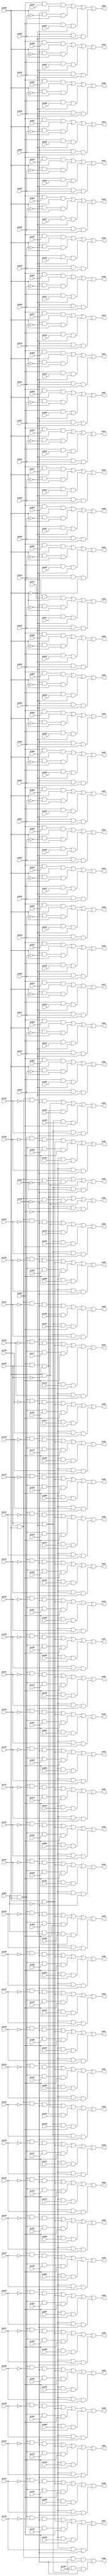
// Benchmark "i7" written by ABC on Thu Mar 19 13:02:36 2020

module i7 ( 
    pi000, pi001, pi002, pi003, pi004, pi005, pi006, pi007, pi008, pi009,
    pi010, pi011, pi012, pi013, pi014, pi015, pi016, pi017, pi018, pi019,
    pi020, pi021, pi022, pi023, pi024, pi025, pi026, pi027, pi028, pi029,
    pi030, pi031, pi032, pi033, pi034, pi035, pi036, pi037, pi038, pi039,
    pi040, pi041, pi042, pi043, pi044, pi045, pi046, pi047, pi048, pi049,
    pi050, pi051, pi052, pi053, pi054, pi055, pi056, pi057, pi058, pi059,
    pi060, pi061, pi062, pi063, pi064, pi065, pi066, pi067, pi068, pi069,
    pi070, pi071, pi072, pi073, pi074, pi075, pi076, pi077, pi078, pi079,
    pi080, pi081, pi082, pi083, pi084, pi085, pi086, pi087, pi088, pi089,
    pi090, pi091, pi092, pi093, pi094, pi095, pi096, pi097, pi098, pi099,
    pi100, pi101, pi102, pi103, pi104, pi105, pi106, pi107, pi108, pi109,
    pi110, pi111, pi112, pi113, pi114, pi115, pi116, pi117, pi118, pi119,
    pi120, pi121, pi122, pi123, pi124, pi125, pi126, pi127, pi128, pi129,
    pi130, pi131, pi132, pi133, pi134, pi135, pi136, pi137, pi138, pi139,
    pi140, pi141, pi142, pi143, pi144, pi145, pi146, pi147, pi148, pi149,
    pi150, pi151, pi152, pi153, pi154, pi155, pi156, pi157, pi158, pi159,
    pi160, pi161, pi162, pi163, pi164, pi165, pi166, pi167, pi168, pi169,
    pi170, pi171, pi172, pi173, pi174, pi175, pi176, pi177, pi178, pi179,
    pi180, pi181, pi182, pi183, pi184, pi185, pi186, pi187, pi188, pi189,
    pi190, pi191, pi192, pi193, pi194, pi195, pi196, pi197, pi198,
    po00, po01, po02, po03, po04, po05, po06, po07, po08, po09, po10, po11,
    po12, po13, po14, po15, po16, po17, po18, po19, po20, po21, po22, po23,
    po24, po25, po26, po27, po28, po29, po30, po31, po32, po33, po34, po35,
    po36, po37, po38, po39, po40, po41, po42, po43, po44, po45, po46, po47,
    po48, po49, po50, po51, po52, po53, po54, po55, po56, po57, po58, po59,
    po60, po61, po62, po63, po64, po65, po66  );
  input  pi000, pi001, pi002, pi003, pi004, pi005, pi006, pi007, pi008,
    pi009, pi010, pi011, pi012, pi013, pi014, pi015, pi016, pi017, pi018,
    pi019, pi020, pi021, pi022, pi023, pi024, pi025, pi026, pi027, pi028,
    pi029, pi030, pi031, pi032, pi033, pi034, pi035, pi036, pi037, pi038,
    pi039, pi040, pi041, pi042, pi043, pi044, pi045, pi046, pi047, pi048,
    pi049, pi050, pi051, pi052, pi053, pi054, pi055, pi056, pi057, pi058,
    pi059, pi060, pi061, pi062, pi063, pi064, pi065, pi066, pi067, pi068,
    pi069, pi070, pi071, pi072, pi073, pi074, pi075, pi076, pi077, pi078,
    pi079, pi080, pi081, pi082, pi083, pi084, pi085, pi086, pi087, pi088,
    pi089, pi090, pi091, pi092, pi093, pi094, pi095, pi096, pi097, pi098,
    pi099, pi100, pi101, pi102, pi103, pi104, pi105, pi106, pi107, pi108,
    pi109, pi110, pi111, pi112, pi113, pi114, pi115, pi116, pi117, pi118,
    pi119, pi120, pi121, pi122, pi123, pi124, pi125, pi126, pi127, pi128,
    pi129, pi130, pi131, pi132, pi133, pi134, pi135, pi136, pi137, pi138,
    pi139, pi140, pi141, pi142, pi143, pi144, pi145, pi146, pi147, pi148,
    pi149, pi150, pi151, pi152, pi153, pi154, pi155, pi156, pi157, pi158,
    pi159, pi160, pi161, pi162, pi163, pi164, pi165, pi166, pi167, pi168,
    pi169, pi170, pi171, pi172, pi173, pi174, pi175, pi176, pi177, pi178,
    pi179, pi180, pi181, pi182, pi183, pi184, pi185, pi186, pi187, pi188,
    pi189, pi190, pi191, pi192, pi193, pi194, pi195, pi196, pi197, pi198;
  output po00, po01, po02, po03, po04, po05, po06, po07, po08, po09, po10,
    po11, po12, po13, po14, po15, po16, po17, po18, po19, po20, po21, po22,
    po23, po24, po25, po26, po27, po28, po29, po30, po31, po32, po33, po34,
    po35, po36, po37, po38, po39, po40, po41, po42, po43, po44, po45, po46,
    po47, po48, po49, po50, po51, po52, po53, po54, po55, po56, po57, po58,
    po59, po60, po61, po62, po63, po64, po65, po66;
  wire new_n267_, new_n268_, new_n269_, new_n270_, new_n271_, new_n272_,
    new_n273_, new_n274_, new_n275_, new_n276_, new_n277_, new_n278_,
    new_n279_, new_n280_, new_n281_, new_n282_, new_n283_, new_n284_,
    new_n285_, new_n286_, new_n287_, new_n288_, new_n289_, new_n290_,
    new_n291_, new_n292_, new_n293_, new_n294_, new_n295_, new_n296_,
    new_n297_, new_n299_, new_n301_, new_n303_, new_n305_, new_n307_,
    new_n309_, new_n311_, new_n313_, new_n315_, new_n317_, new_n319_,
    new_n321_, new_n323_, new_n325_, new_n327_, new_n329_, new_n331_,
    new_n333_, new_n335_, new_n337_, new_n339_, new_n341_, new_n343_,
    new_n345_, new_n347_, new_n349_, new_n351_, new_n353_, new_n354_,
    new_n355_, new_n356_, new_n357_, new_n358_, new_n359_, new_n360_,
    new_n361_, new_n362_, new_n363_, new_n364_, new_n365_, new_n366_,
    new_n367_, new_n368_, new_n369_, new_n370_, new_n371_, new_n372_,
    new_n373_, new_n374_, new_n375_, new_n376_, new_n377_, new_n378_,
    new_n379_, new_n380_, new_n381_, new_n382_, new_n383_, new_n384_,
    new_n385_, new_n386_, new_n387_, new_n388_, new_n389_, new_n390_,
    new_n391_, new_n392_, new_n393_, new_n394_, new_n395_, new_n396_,
    new_n397_, new_n398_, new_n399_, new_n400_, new_n401_, new_n402_,
    new_n403_, new_n404_, new_n405_, new_n406_, new_n407_, new_n408_,
    new_n409_, new_n410_, new_n411_, new_n412_, new_n413_, new_n414_,
    new_n415_, new_n416_, new_n417_, new_n418_, new_n419_, new_n420_,
    new_n421_, new_n422_, new_n423_, new_n424_, new_n425_, new_n426_,
    new_n427_, new_n428_, new_n429_, new_n430_, new_n431_, new_n432_,
    new_n433_, new_n434_, new_n435_, new_n436_, new_n437_, new_n438_,
    new_n439_, new_n440_, new_n441_, new_n442_, new_n443_, new_n445_,
    new_n447_, new_n449_, new_n451_, new_n453_, new_n455_, new_n457_,
    new_n459_, new_n461_, new_n463_, new_n465_, new_n467_, new_n469_,
    new_n471_, new_n473_, new_n475_, new_n477_, new_n479_, new_n481_,
    new_n483_, new_n485_, new_n487_, new_n489_, new_n491_, new_n493_,
    new_n495_, new_n497_, new_n499_, new_n501_, new_n503_, new_n505_,
    new_n507_, new_n508_, new_n509_, new_n510_, new_n511_, new_n512_,
    new_n513_, new_n514_, new_n515_, new_n516_, new_n517_, new_n518_,
    new_n519_, new_n520_, new_n521_, new_n522_, new_n523_, new_n524_,
    new_n525_, new_n526_, new_n527_, new_n528_, new_n529_, new_n530_,
    new_n531_, new_n532_, new_n533_, new_n534_, new_n535_, new_n536_,
    new_n537_, new_n538_, new_n539_, new_n540_, new_n541_, new_n542_,
    new_n543_, new_n544_, new_n545_, new_n546_, new_n547_, new_n548_,
    new_n549_, new_n550_, new_n551_, new_n552_, new_n553_, new_n554_,
    new_n555_, new_n556_, new_n557_, new_n558_, new_n559_, new_n560_,
    new_n561_, new_n562_, new_n563_, new_n564_, new_n565_, new_n566_,
    new_n567_, new_n568_, new_n569_, new_n570_, new_n571_, new_n572_,
    new_n573_, new_n574_, new_n575_, new_n576_, new_n577_, new_n578_,
    new_n579_, new_n581_, new_n583_, new_n585_, new_n587_, new_n589_,
    new_n591_, new_n593_, new_n594_, new_n595_, new_n596_, new_n597_,
    new_n598_, new_n599_, new_n600_, new_n601_, new_n602_, new_n603_,
    new_n604_, new_n605_, new_n606_, new_n607_, new_n608_, new_n609_,
    new_n610_, new_n611_, new_n612_, new_n613_, new_n614_, new_n615_,
    new_n616_, new_n617_, new_n618_, new_n619_, new_n620_, new_n621_,
    new_n622_, new_n623_, new_n624_, new_n625_, new_n626_, new_n627_,
    new_n628_, new_n629_, new_n630_, new_n631_, new_n632_, new_n633_,
    new_n634_, new_n635_, new_n636_, new_n637_, new_n638_, new_n639_,
    new_n640_, new_n641_, new_n642_, new_n643_, new_n644_, new_n645_,
    new_n646_, new_n647_, new_n648_, new_n649_, new_n650_, new_n651_,
    new_n652_, new_n653_, new_n654_, new_n655_, new_n656_, new_n657_,
    new_n658_, new_n659_, new_n660_, new_n661_, new_n662_, new_n663_,
    new_n664_, new_n665_, new_n666_, new_n667_, new_n668_, new_n669_,
    new_n670_, new_n671_, new_n672_;
  assign new_n267_ = ~pi000;
  assign new_n268_ = pi002 & pi001 & new_n267_;
  assign new_n269_ = pi002 & pi003 & new_n267_;
  assign new_n270_ = pi002 & pi004 & new_n267_;
  assign new_n271_ = pi002 & pi005 & new_n267_;
  assign new_n272_ = pi002 & pi006 & new_n267_;
  assign new_n273_ = pi002 & pi007 & new_n267_;
  assign new_n274_ = pi002 & pi008 & new_n267_;
  assign new_n275_ = pi002 & pi009 & new_n267_;
  assign new_n276_ = pi002 & pi010 & new_n267_;
  assign new_n277_ = pi002 & pi011 & new_n267_;
  assign new_n278_ = pi002 & pi012 & new_n267_;
  assign new_n279_ = pi002 & pi013 & new_n267_;
  assign new_n280_ = pi002 & pi014 & new_n267_;
  assign new_n281_ = pi002 & pi015 & new_n267_;
  assign new_n282_ = pi002 & pi016 & new_n267_;
  assign new_n283_ = pi002 & pi017 & new_n267_;
  assign new_n284_ = pi002 & pi018 & new_n267_;
  assign new_n285_ = pi002 & pi019 & new_n267_;
  assign new_n286_ = pi002 & pi020 & new_n267_;
  assign new_n287_ = pi002 & pi021 & new_n267_;
  assign new_n288_ = pi002 & pi022 & new_n267_;
  assign new_n289_ = pi002 & pi023 & new_n267_;
  assign new_n290_ = pi002 & pi024 & new_n267_;
  assign new_n291_ = pi002 & pi025 & new_n267_;
  assign new_n292_ = pi002 & pi026 & new_n267_;
  assign new_n293_ = pi002 & pi027 & new_n267_;
  assign new_n294_ = pi002 & pi028 & new_n267_;
  assign new_n295_ = pi002 & pi029 & new_n267_;
  assign new_n296_ = ~pi002;
  assign new_n297_ = new_n296_ & pi030 & new_n267_;
  assign po00 = new_n353_ | new_n381_ | new_n268_ | new_n297_;
  assign new_n299_ = new_n296_ & pi031 & new_n267_;
  assign po01 = new_n354_ | new_n382_ | new_n269_ | new_n299_;
  assign new_n301_ = new_n296_ & pi032 & new_n267_;
  assign po02 = new_n355_ | new_n383_ | new_n270_ | new_n301_;
  assign new_n303_ = new_n296_ & pi033 & new_n267_;
  assign po03 = new_n356_ | new_n384_ | new_n271_ | new_n303_;
  assign new_n305_ = new_n296_ & pi034 & new_n267_;
  assign po04 = new_n357_ | new_n385_ | new_n272_ | new_n305_;
  assign new_n307_ = new_n296_ & pi035 & new_n267_;
  assign po05 = new_n358_ | new_n386_ | new_n273_ | new_n307_;
  assign new_n309_ = new_n296_ & pi036 & new_n267_;
  assign po06 = new_n359_ | new_n387_ | new_n274_ | new_n309_;
  assign new_n311_ = new_n296_ & pi037 & new_n267_;
  assign po07 = new_n360_ | new_n388_ | new_n275_ | new_n311_;
  assign new_n313_ = new_n296_ & pi038 & new_n267_;
  assign po08 = new_n361_ | new_n389_ | new_n276_ | new_n313_;
  assign new_n315_ = new_n296_ & pi039 & new_n267_;
  assign po09 = new_n362_ | new_n390_ | new_n277_ | new_n315_;
  assign new_n317_ = new_n296_ & pi040 & new_n267_;
  assign po10 = new_n363_ | new_n391_ | new_n278_ | new_n317_;
  assign new_n319_ = new_n296_ & pi041 & new_n267_;
  assign po11 = new_n364_ | new_n392_ | new_n279_ | new_n319_;
  assign new_n321_ = new_n296_ & pi042 & new_n267_;
  assign po12 = new_n365_ | new_n393_ | new_n280_ | new_n321_;
  assign new_n323_ = new_n296_ & pi043 & new_n267_;
  assign po13 = new_n366_ | new_n394_ | new_n281_ | new_n323_;
  assign new_n325_ = new_n296_ & pi044 & new_n267_;
  assign po14 = new_n367_ | new_n395_ | new_n282_ | new_n325_;
  assign new_n327_ = new_n296_ & pi045 & new_n267_;
  assign po15 = new_n368_ | new_n396_ | new_n283_ | new_n327_;
  assign new_n329_ = new_n296_ & pi046 & new_n267_;
  assign po16 = new_n369_ | new_n397_ | new_n284_ | new_n329_;
  assign new_n331_ = new_n296_ & pi047 & new_n267_;
  assign po17 = new_n370_ | new_n398_ | new_n285_ | new_n331_;
  assign new_n333_ = new_n296_ & pi048 & new_n267_;
  assign po18 = new_n371_ | new_n399_ | new_n286_ | new_n333_;
  assign new_n335_ = new_n296_ & pi049 & new_n267_;
  assign po19 = new_n372_ | new_n400_ | new_n287_ | new_n335_;
  assign new_n337_ = new_n296_ & pi050 & new_n267_;
  assign po20 = new_n373_ | new_n401_ | new_n288_ | new_n337_;
  assign new_n339_ = new_n296_ & pi051 & new_n267_;
  assign po21 = new_n374_ | new_n402_ | new_n289_ | new_n339_;
  assign new_n341_ = new_n296_ & pi052 & new_n267_;
  assign po22 = new_n375_ | new_n403_ | new_n290_ | new_n341_;
  assign new_n343_ = new_n296_ & pi053 & new_n267_;
  assign po23 = new_n376_ | new_n404_ | new_n291_ | new_n343_;
  assign new_n345_ = new_n296_ & pi054 & new_n267_;
  assign po24 = new_n377_ | new_n405_ | new_n292_ | new_n345_;
  assign new_n347_ = new_n296_ & pi055 & new_n267_;
  assign po25 = new_n378_ | new_n406_ | new_n293_ | new_n347_;
  assign new_n349_ = new_n296_ & pi056 & new_n267_;
  assign po26 = new_n379_ | new_n407_ | new_n294_ | new_n349_;
  assign new_n351_ = new_n296_ & pi057 & new_n267_;
  assign po27 = new_n380_ | new_n408_ | new_n295_ | new_n351_;
  assign new_n353_ = pi002 & pi058 & pi000;
  assign new_n354_ = pi002 & pi059 & pi000;
  assign new_n355_ = pi002 & pi060 & pi000;
  assign new_n356_ = pi002 & pi061 & pi000;
  assign new_n357_ = pi002 & pi062 & pi000;
  assign new_n358_ = pi002 & pi063 & pi000;
  assign new_n359_ = pi002 & pi064 & pi000;
  assign new_n360_ = pi002 & pi065 & pi000;
  assign new_n361_ = pi002 & pi066 & pi000;
  assign new_n362_ = pi002 & pi067 & pi000;
  assign new_n363_ = pi002 & pi068 & pi000;
  assign new_n364_ = pi002 & pi069 & pi000;
  assign new_n365_ = pi002 & pi070 & pi000;
  assign new_n366_ = pi002 & pi071 & pi000;
  assign new_n367_ = pi002 & pi072 & pi000;
  assign new_n368_ = pi002 & pi073 & pi000;
  assign new_n369_ = pi002 & pi074 & pi000;
  assign new_n370_ = pi002 & pi075 & pi000;
  assign new_n371_ = pi002 & pi076 & pi000;
  assign new_n372_ = pi002 & pi077 & pi000;
  assign new_n373_ = pi002 & pi078 & pi000;
  assign new_n374_ = pi002 & pi079 & pi000;
  assign new_n375_ = pi002 & pi080 & pi000;
  assign new_n376_ = pi002 & pi081 & pi000;
  assign new_n377_ = pi002 & pi082 & pi000;
  assign new_n378_ = pi002 & pi083 & pi000;
  assign new_n379_ = pi002 & pi084 & pi000;
  assign new_n380_ = pi002 & pi085 & pi000;
  assign new_n381_ = new_n296_ & new_n634_ & pi000;
  assign new_n382_ = new_n296_ & new_n633_ & pi000;
  assign new_n383_ = new_n296_ & new_n632_ & pi000;
  assign new_n384_ = new_n296_ & new_n631_ & pi000;
  assign new_n385_ = new_n296_ & new_n630_ & pi000;
  assign new_n386_ = new_n296_ & new_n629_ & pi000;
  assign new_n387_ = new_n296_ & new_n628_ & pi000;
  assign new_n388_ = new_n296_ & new_n627_ & pi000;
  assign new_n389_ = new_n296_ & new_n626_ & pi000;
  assign new_n390_ = new_n296_ & new_n625_ & pi000;
  assign new_n391_ = new_n296_ & new_n624_ & pi000;
  assign new_n392_ = new_n296_ & new_n623_ & pi000;
  assign new_n393_ = new_n296_ & new_n622_ & pi000;
  assign new_n394_ = new_n296_ & new_n621_ & pi000;
  assign new_n395_ = new_n296_ & new_n620_ & pi000;
  assign new_n396_ = new_n296_ & new_n619_ & pi000;
  assign new_n397_ = new_n296_ & new_n618_ & pi000;
  assign new_n398_ = new_n296_ & new_n617_ & pi000;
  assign new_n399_ = new_n296_ & new_n616_ & pi000;
  assign new_n400_ = new_n296_ & new_n615_ & pi000;
  assign new_n401_ = new_n296_ & new_n614_ & pi000;
  assign new_n402_ = new_n296_ & new_n613_ & pi000;
  assign new_n403_ = new_n296_ & new_n612_ & pi000;
  assign new_n404_ = new_n296_ & new_n611_ & pi000;
  assign new_n405_ = new_n296_ & new_n610_ & pi000;
  assign new_n406_ = new_n296_ & new_n609_ & pi000;
  assign new_n407_ = new_n296_ & new_n608_ & pi000;
  assign new_n408_ = new_n296_ & new_n607_ & pi000;
  assign new_n409_ = ~pi000;
  assign new_n410_ = pi087 & new_n409_ & pi086 & pi002;
  assign new_n411_ = pi087 & new_n409_ & pi088 & pi002;
  assign new_n412_ = pi087 & new_n409_ & pi089 & pi002;
  assign new_n413_ = pi087 & new_n409_ & pi090 & pi002;
  assign new_n414_ = pi087 & new_n409_ & pi091 & pi002;
  assign new_n415_ = pi087 & new_n409_ & pi092 & pi002;
  assign new_n416_ = pi087 & new_n409_ & pi093 & pi002;
  assign new_n417_ = pi087 & new_n409_ & pi094 & pi002;
  assign new_n418_ = pi087 & new_n409_ & pi095 & pi002;
  assign new_n419_ = pi087 & new_n409_ & pi096 & pi002;
  assign new_n420_ = pi087 & new_n409_ & pi097 & pi002;
  assign new_n421_ = pi087 & new_n409_ & pi098 & pi002;
  assign new_n422_ = pi087 & new_n409_ & pi099 & pi002;
  assign new_n423_ = pi087 & new_n409_ & pi100 & pi002;
  assign new_n424_ = pi087 & new_n409_ & pi101 & pi002;
  assign new_n425_ = pi087 & new_n409_ & pi102 & pi002;
  assign new_n426_ = pi087 & new_n409_ & pi103 & pi002;
  assign new_n427_ = pi087 & new_n409_ & pi104 & pi002;
  assign new_n428_ = pi087 & new_n409_ & pi105 & pi002;
  assign new_n429_ = pi087 & new_n409_ & pi106 & pi002;
  assign new_n430_ = pi087 & new_n409_ & pi107 & pi002;
  assign new_n431_ = pi087 & new_n409_ & pi108 & pi002;
  assign new_n432_ = pi087 & new_n409_ & pi109 & pi002;
  assign new_n433_ = pi087 & new_n409_ & pi110 & pi002;
  assign new_n434_ = pi087 & new_n409_ & pi111 & pi002;
  assign new_n435_ = pi087 & new_n409_ & pi112 & pi002;
  assign new_n436_ = pi087 & new_n409_ & pi113 & pi002;
  assign new_n437_ = pi087 & new_n409_ & pi114 & pi002;
  assign new_n438_ = pi087 & new_n409_ & pi115 & pi002;
  assign new_n439_ = pi087 & new_n409_ & pi116 & pi002;
  assign new_n440_ = pi087 & new_n409_ & pi117 & pi002;
  assign new_n441_ = pi087 & new_n409_ & pi118 & pi002;
  assign new_n442_ = ~pi002;
  assign new_n443_ = pi087 & new_n409_ & pi119 & new_n442_;
  assign po28 = new_n539_ | new_n572_ | new_n507_ | new_n410_ | new_n443_;
  assign new_n445_ = pi087 & new_n409_ & pi120 & new_n442_;
  assign po29 = new_n540_ | new_n572_ | new_n508_ | new_n411_ | new_n445_;
  assign new_n447_ = pi087 & new_n409_ & pi121 & new_n442_;
  assign po30 = new_n541_ | new_n572_ | new_n509_ | new_n412_ | new_n447_;
  assign new_n449_ = pi087 & new_n409_ & pi122 & new_n442_;
  assign po31 = new_n542_ | new_n572_ | new_n510_ | new_n413_ | new_n449_;
  assign new_n451_ = pi087 & new_n409_ & pi123 & new_n442_;
  assign po32 = new_n543_ | new_n572_ | new_n511_ | new_n414_ | new_n451_;
  assign new_n453_ = pi087 & new_n409_ & pi124 & new_n442_;
  assign po33 = new_n544_ | new_n572_ | new_n512_ | new_n415_ | new_n453_;
  assign new_n455_ = pi087 & new_n409_ & pi125 & new_n442_;
  assign po34 = new_n545_ | new_n572_ | new_n513_ | new_n416_ | new_n455_;
  assign new_n457_ = pi087 & new_n409_ & pi126 & new_n442_;
  assign po35 = new_n546_ | new_n572_ | new_n514_ | new_n417_ | new_n457_;
  assign new_n459_ = pi087 & new_n409_ & pi127 & new_n442_;
  assign po36 = new_n547_ | new_n572_ | new_n515_ | new_n418_ | new_n459_;
  assign new_n461_ = pi087 & new_n409_ & pi128 & new_n442_;
  assign po37 = new_n548_ | new_n572_ | new_n516_ | new_n419_ | new_n461_;
  assign new_n463_ = pi087 & new_n409_ & pi129 & new_n442_;
  assign po38 = new_n549_ | new_n572_ | new_n517_ | new_n420_ | new_n463_;
  assign new_n465_ = pi087 & new_n409_ & pi130 & new_n442_;
  assign po39 = new_n550_ | new_n572_ | new_n518_ | new_n421_ | new_n465_;
  assign new_n467_ = pi087 & new_n409_ & pi131 & new_n442_;
  assign po40 = new_n551_ | new_n572_ | new_n519_ | new_n422_ | new_n467_;
  assign new_n469_ = pi087 & new_n409_ & pi132 & new_n442_;
  assign po41 = new_n552_ | new_n572_ | new_n520_ | new_n423_ | new_n469_;
  assign new_n471_ = pi087 & new_n409_ & pi133 & new_n442_;
  assign po42 = new_n553_ | new_n572_ | new_n521_ | new_n424_ | new_n471_;
  assign new_n473_ = pi087 & new_n409_ & pi134 & new_n442_;
  assign po43 = new_n554_ | new_n572_ | new_n522_ | new_n425_ | new_n473_;
  assign new_n475_ = pi087 & new_n409_ & pi135 & new_n442_;
  assign po44 = new_n555_ | new_n572_ | new_n523_ | new_n426_ | new_n475_;
  assign new_n477_ = pi087 & new_n409_ & pi136 & new_n442_;
  assign po45 = new_n556_ | new_n572_ | new_n524_ | new_n427_ | new_n477_;
  assign new_n479_ = pi087 & new_n409_ & pi137 & new_n442_;
  assign po46 = new_n557_ | new_n572_ | new_n525_ | new_n428_ | new_n479_;
  assign new_n481_ = pi087 & new_n409_ & pi138 & new_n442_;
  assign po47 = new_n558_ | new_n572_ | new_n526_ | new_n429_ | new_n481_;
  assign new_n483_ = pi087 & new_n409_ & pi139 & new_n442_;
  assign po48 = new_n559_ | new_n572_ | new_n527_ | new_n430_ | new_n483_;
  assign new_n485_ = pi087 & new_n409_ & pi140 & new_n442_;
  assign po49 = new_n560_ | new_n572_ | new_n528_ | new_n431_ | new_n485_;
  assign new_n487_ = pi087 & new_n409_ & pi141 & new_n442_;
  assign po50 = new_n561_ | new_n572_ | new_n529_ | new_n432_ | new_n487_;
  assign new_n489_ = pi087 & new_n409_ & pi142 & new_n442_;
  assign po51 = new_n562_ | new_n572_ | new_n530_ | new_n433_ | new_n489_;
  assign new_n491_ = pi087 & new_n409_ & pi143 & new_n442_;
  assign po52 = new_n563_ | new_n572_ | new_n531_ | new_n434_ | new_n491_;
  assign new_n493_ = pi087 & new_n409_ & pi144 & new_n442_;
  assign po53 = new_n564_ | new_n572_ | new_n532_ | new_n435_ | new_n493_;
  assign new_n495_ = pi087 & new_n409_ & pi145 & new_n442_;
  assign po54 = new_n565_ | new_n572_ | new_n533_ | new_n436_ | new_n495_;
  assign new_n497_ = pi087 & new_n409_ & pi146 & new_n442_;
  assign po55 = new_n566_ | new_n572_ | new_n534_ | new_n437_ | new_n497_;
  assign new_n499_ = pi087 & new_n409_ & pi147 & new_n442_;
  assign po56 = new_n567_ | new_n572_ | new_n535_ | new_n438_ | new_n499_;
  assign new_n501_ = pi087 & new_n409_ & pi148 & new_n442_;
  assign po57 = new_n568_ | new_n572_ | new_n536_ | new_n439_ | new_n501_;
  assign new_n503_ = pi087 & new_n409_ & pi149 & new_n442_;
  assign po58 = new_n569_ | new_n572_ | new_n537_ | new_n440_ | new_n503_;
  assign new_n505_ = pi087 & new_n409_ & pi150 & new_n442_;
  assign po59 = new_n570_ | new_n572_ | new_n538_ | new_n441_ | new_n505_;
  assign new_n507_ = pi087 & pi000 & pi151 & pi002;
  assign new_n508_ = pi087 & pi000 & pi152 & pi002;
  assign new_n509_ = pi087 & pi000 & pi153 & pi002;
  assign new_n510_ = pi087 & pi000 & pi154 & pi002;
  assign new_n511_ = pi087 & pi000 & pi155 & pi002;
  assign new_n512_ = pi087 & pi000 & pi156 & pi002;
  assign new_n513_ = pi087 & pi000 & pi157 & pi002;
  assign new_n514_ = pi087 & pi000 & pi158 & pi002;
  assign new_n515_ = pi087 & pi000 & pi159 & pi002;
  assign new_n516_ = pi087 & pi000 & pi160 & pi002;
  assign new_n517_ = pi087 & pi000 & pi161 & pi002;
  assign new_n518_ = pi087 & pi000 & pi162 & pi002;
  assign new_n519_ = pi087 & pi000 & pi163 & pi002;
  assign new_n520_ = pi087 & pi000 & pi164 & pi002;
  assign new_n521_ = pi087 & pi000 & pi165 & pi002;
  assign new_n522_ = pi087 & pi000 & pi166 & pi002;
  assign new_n523_ = pi087 & pi000 & pi167 & pi002;
  assign new_n524_ = pi087 & pi000 & pi168 & pi002;
  assign new_n525_ = pi087 & pi000 & pi169 & pi002;
  assign new_n526_ = pi087 & pi000 & pi170 & pi002;
  assign new_n527_ = pi087 & pi000 & pi171 & pi002;
  assign new_n528_ = pi087 & pi000 & pi172 & pi002;
  assign new_n529_ = pi087 & pi000 & pi173 & pi002;
  assign new_n530_ = pi087 & pi000 & pi174 & pi002;
  assign new_n531_ = pi087 & pi000 & pi175 & pi002;
  assign new_n532_ = pi087 & pi000 & pi176 & pi002;
  assign new_n533_ = pi087 & pi000 & pi177 & pi002;
  assign new_n534_ = pi087 & pi000 & pi178 & pi002;
  assign new_n535_ = pi087 & pi000 & pi179 & pi002;
  assign new_n536_ = pi087 & pi000 & pi180 & pi002;
  assign new_n537_ = pi087 & pi000 & pi181 & pi002;
  assign new_n538_ = pi087 & pi000 & pi182 & pi002;
  assign new_n539_ = pi087 & pi000 & new_n666_ & new_n442_;
  assign new_n540_ = pi087 & pi000 & new_n665_ & new_n442_;
  assign new_n541_ = pi087 & pi000 & new_n664_ & new_n442_;
  assign new_n542_ = pi087 & pi000 & new_n663_ & new_n442_;
  assign new_n543_ = pi087 & pi000 & new_n662_ & new_n442_;
  assign new_n544_ = pi087 & pi000 & new_n661_ & new_n442_;
  assign new_n545_ = pi087 & pi000 & new_n660_ & new_n442_;
  assign new_n546_ = pi087 & pi000 & new_n659_ & new_n442_;
  assign new_n547_ = pi087 & pi000 & new_n658_ & new_n442_;
  assign new_n548_ = pi087 & pi000 & new_n657_ & new_n442_;
  assign new_n549_ = pi087 & pi000 & new_n656_ & new_n442_;
  assign new_n550_ = pi087 & pi000 & new_n655_ & new_n442_;
  assign new_n551_ = pi087 & pi000 & new_n654_ & new_n442_;
  assign new_n552_ = pi087 & pi000 & new_n653_ & new_n442_;
  assign new_n553_ = pi087 & pi000 & new_n652_ & new_n442_;
  assign new_n554_ = pi087 & pi000 & new_n651_ & new_n442_;
  assign new_n555_ = pi087 & pi000 & new_n650_ & new_n442_;
  assign new_n556_ = pi087 & pi000 & new_n649_ & new_n442_;
  assign new_n557_ = pi087 & pi000 & new_n648_ & new_n442_;
  assign new_n558_ = pi087 & pi000 & new_n647_ & new_n442_;
  assign new_n559_ = pi087 & pi000 & new_n646_ & new_n442_;
  assign new_n560_ = pi087 & pi000 & new_n645_ & new_n442_;
  assign new_n561_ = pi087 & pi000 & new_n644_ & new_n442_;
  assign new_n562_ = pi087 & pi000 & new_n643_ & new_n442_;
  assign new_n563_ = pi087 & pi000 & new_n642_ & new_n442_;
  assign new_n564_ = pi087 & pi000 & new_n641_ & new_n442_;
  assign new_n565_ = pi087 & pi000 & new_n640_ & new_n442_;
  assign new_n566_ = pi087 & pi000 & new_n639_ & new_n442_;
  assign new_n567_ = pi087 & pi000 & new_n638_ & new_n442_;
  assign new_n568_ = pi087 & pi000 & new_n637_ & new_n442_;
  assign new_n569_ = pi087 & pi000 & new_n636_ & new_n442_;
  assign new_n570_ = pi087 & pi000 & new_n635_ & new_n442_;
  assign new_n571_ = ~pi087;
  assign new_n572_ = pi000 & new_n571_;
  assign new_n573_ = ~pi000;
  assign new_n574_ = pi184 & new_n573_ & pi183 & pi002;
  assign new_n575_ = pi184 & new_n573_ & pi185 & pi002;
  assign new_n576_ = pi184 & new_n573_ & pi186 & pi002;
  assign new_n577_ = pi184 & new_n573_ & pi187 & pi002;
  assign new_n578_ = ~pi002;
  assign new_n579_ = pi184 & new_n573_ & pi188 & new_n578_;
  assign po60 = new_n598_ | new_n579_;
  assign new_n581_ = pi184 & new_n573_ & pi189 & new_n578_;
  assign po61 = new_n593_ | new_n599_ | new_n606_ | new_n581_;
  assign new_n583_ = pi184 & new_n573_ & pi190 & new_n578_;
  assign po62 = new_n593_ | new_n600_ | new_n606_ | new_n583_;
  assign new_n585_ = pi184 & new_n573_ & pi191 & new_n578_;
  assign po63 = new_n601_ | new_n606_ | new_n594_ | new_n574_ | new_n585_;
  assign new_n587_ = pi184 & new_n573_ & pi192 & new_n578_;
  assign po64 = new_n602_ | new_n606_ | new_n595_ | new_n575_ | new_n587_;
  assign new_n589_ = pi184 & new_n573_ & pi193 & new_n578_;
  assign po65 = new_n603_ | new_n606_ | new_n596_ | new_n576_ | new_n589_;
  assign new_n591_ = pi184 & new_n573_ & pi194 & new_n578_;
  assign po66 = new_n604_ | new_n606_ | new_n597_ | new_n577_ | new_n591_;
  assign new_n593_ = pi002 & pi184 & pi000;
  assign new_n594_ = new_n593_ & pi195;
  assign new_n595_ = new_n593_ & pi196;
  assign new_n596_ = new_n593_ & pi197;
  assign new_n597_ = new_n593_ & pi198;
  assign new_n598_ = pi184 & pi000 & pi188 & new_n578_;
  assign new_n599_ = pi184 & pi000 & new_n672_ & new_n578_;
  assign new_n600_ = pi184 & pi000 & new_n671_ & new_n578_;
  assign new_n601_ = pi184 & pi000 & new_n670_ & new_n578_;
  assign new_n602_ = pi184 & pi000 & new_n669_ & new_n578_;
  assign new_n603_ = pi184 & pi000 & new_n668_ & new_n578_;
  assign new_n604_ = pi184 & pi000 & new_n667_ & new_n578_;
  assign new_n605_ = ~pi184;
  assign new_n606_ = pi000 & new_n605_;
  assign new_n607_ = ~pi057;
  assign new_n608_ = ~pi056;
  assign new_n609_ = ~pi055;
  assign new_n610_ = ~pi054;
  assign new_n611_ = ~pi053;
  assign new_n612_ = ~pi052;
  assign new_n613_ = ~pi051;
  assign new_n614_ = ~pi050;
  assign new_n615_ = ~pi049;
  assign new_n616_ = ~pi048;
  assign new_n617_ = ~pi047;
  assign new_n618_ = ~pi046;
  assign new_n619_ = ~pi045;
  assign new_n620_ = ~pi044;
  assign new_n621_ = ~pi043;
  assign new_n622_ = ~pi042;
  assign new_n623_ = ~pi041;
  assign new_n624_ = ~pi040;
  assign new_n625_ = ~pi039;
  assign new_n626_ = ~pi038;
  assign new_n627_ = ~pi037;
  assign new_n628_ = ~pi036;
  assign new_n629_ = ~pi035;
  assign new_n630_ = ~pi034;
  assign new_n631_ = ~pi033;
  assign new_n632_ = ~pi032;
  assign new_n633_ = ~pi031;
  assign new_n634_ = ~pi030;
  assign new_n635_ = ~pi150;
  assign new_n636_ = ~pi149;
  assign new_n637_ = ~pi148;
  assign new_n638_ = ~pi147;
  assign new_n639_ = ~pi146;
  assign new_n640_ = ~pi145;
  assign new_n641_ = ~pi144;
  assign new_n642_ = ~pi143;
  assign new_n643_ = ~pi142;
  assign new_n644_ = ~pi141;
  assign new_n645_ = ~pi140;
  assign new_n646_ = ~pi139;
  assign new_n647_ = ~pi138;
  assign new_n648_ = ~pi137;
  assign new_n649_ = ~pi136;
  assign new_n650_ = ~pi135;
  assign new_n651_ = ~pi134;
  assign new_n652_ = ~pi133;
  assign new_n653_ = ~pi132;
  assign new_n654_ = ~pi131;
  assign new_n655_ = ~pi130;
  assign new_n656_ = ~pi129;
  assign new_n657_ = ~pi128;
  assign new_n658_ = ~pi127;
  assign new_n659_ = ~pi126;
  assign new_n660_ = ~pi125;
  assign new_n661_ = ~pi124;
  assign new_n662_ = ~pi123;
  assign new_n663_ = ~pi122;
  assign new_n664_ = ~pi121;
  assign new_n665_ = ~pi120;
  assign new_n666_ = ~pi119;
  assign new_n667_ = ~pi194;
  assign new_n668_ = ~pi193;
  assign new_n669_ = ~pi192;
  assign new_n670_ = ~pi191;
  assign new_n671_ = ~pi190;
  assign new_n672_ = ~pi189;
endmodule